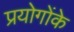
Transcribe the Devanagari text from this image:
प्रयोगोंके